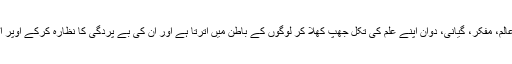
دانش ور، عالم، مفکر، گیانی، دوان اپنے علم کی تکّل جھپ کھلا کر لوگوں کے باطن میں اترتا ہے اور ان کی بے پردگی کا نظارہ کرکے اوپر اٹھ جاتا ہے۔